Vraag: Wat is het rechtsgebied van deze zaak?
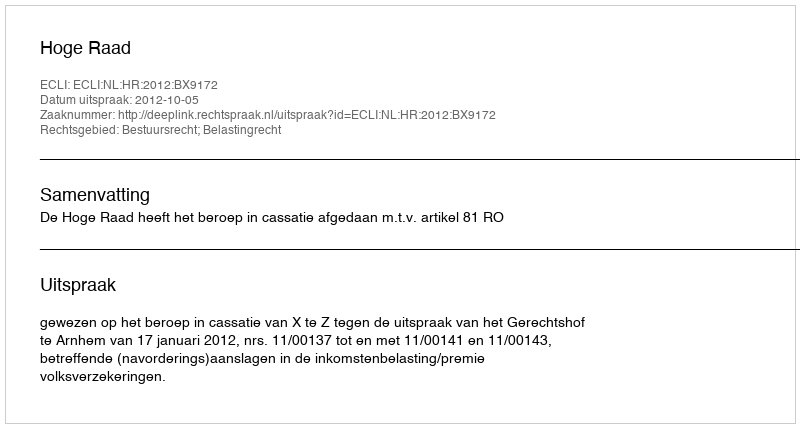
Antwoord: Bestuursrecht; Belastingrecht